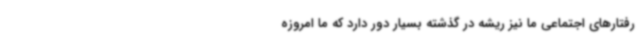
رفتارهای اجتماعی ما نیز ریشه در گذشته بسیار دور دارد که ما امروزه